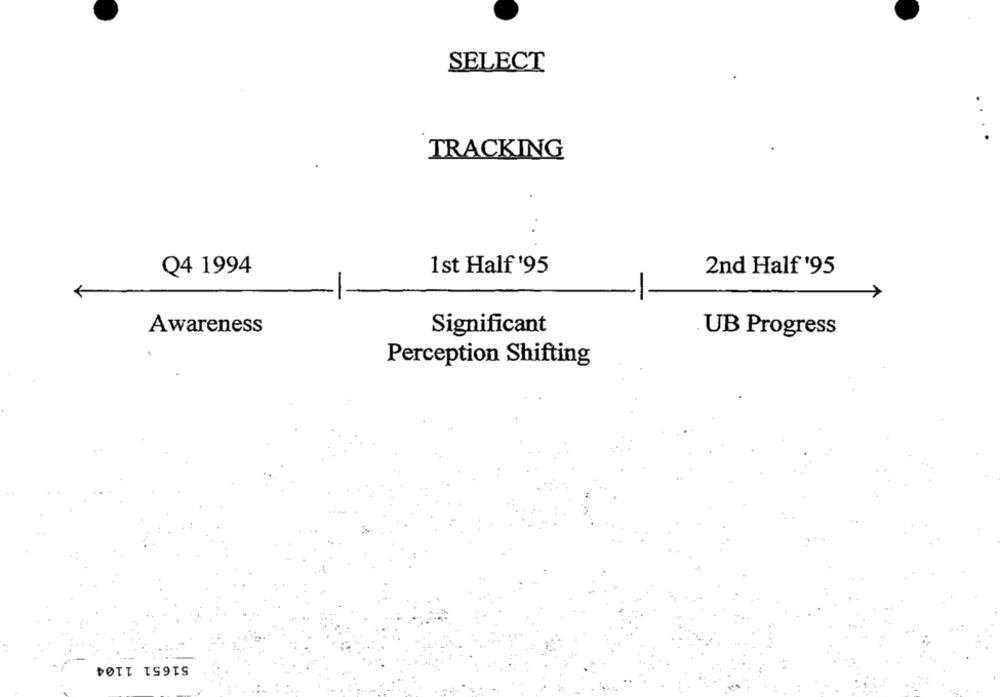
SELECT
TRACKING
Q4 1994
1st Half '95
2nd Half '95
Awareness
Significant
UB Progress
Perception Shifting
51651 1104